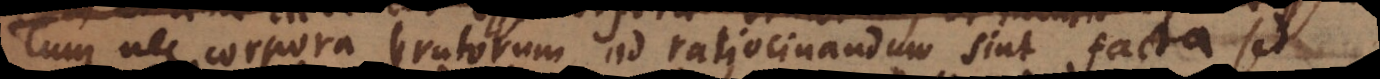
cum nec corpora brutorum ad ratiocinandum sint facta sed